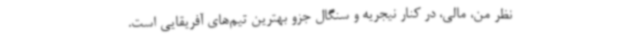
نظر من، مالی، در کنار نیجریه و سنگال جزو بهترین تیم‌های آفریقایی است.